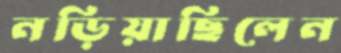
নড়িয়াছিলেন